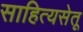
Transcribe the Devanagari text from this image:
साहित्यसेतू